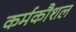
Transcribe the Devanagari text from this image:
कर्मकौशल